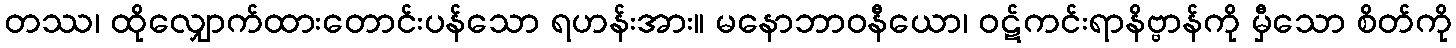
တဿ၊ ထိုလျှောက်ထားတောင်းပန်သော ရဟန်းအား။ မနောဘာဝနီယော၊ ဝဋ်ကင်းရာနိဗ္ဗာန်ကို မှီသော စိတ်ကို